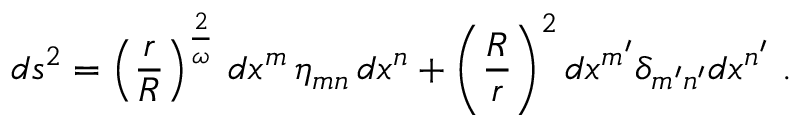
d s ^ { 2 } = \left( { \frac { r } { R } } \right) ^ { \frac { 2 } { \omega } } \, d x ^ { m } \, \eta _ { m n } \, d x ^ { n } + \left( { \frac { R } { r } } \right) ^ { 2 } d x ^ { m ^ { \prime } } \delta _ { m ^ { \prime } n ^ { \prime } } d x ^ { n ^ { \prime } } \ .